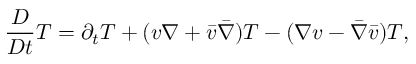
\frac { D } { D t } T = \partial _ { t } T + ( v \nabla + \bar { v } \bar { \nabla } ) T - ( \nabla v - \bar { \nabla } \bar { v } ) T ,